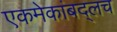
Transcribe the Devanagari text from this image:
एकमेकांबद्लच